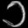
Digit: ၁